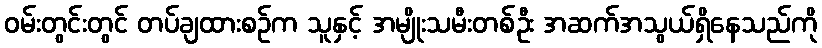
ဝမ်းတွင်းတွင် တပ်ချထားစဉ်က သူနှင့် အမျိုးသမီးတစ်ဦး အဆက်အသွယ်ရှိနေသည်ကို